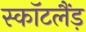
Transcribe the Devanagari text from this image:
स्कॉटलैंड़